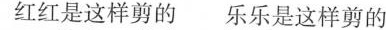
红红是这样剪的 乐乐是这样剪的